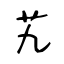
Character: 艽